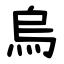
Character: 烏